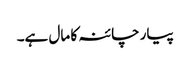
پیار چائنہ کا مال ہے۔